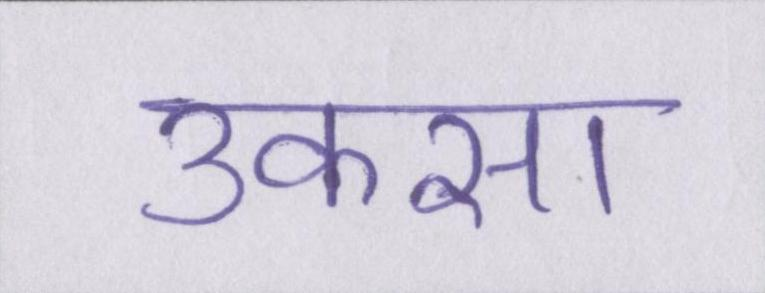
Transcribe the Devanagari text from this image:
उकसा